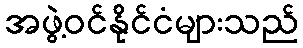
အဖွဲ့ဝင်နိုင်ငံများသည်